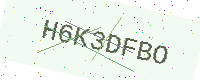
Text: H6K3DFBO